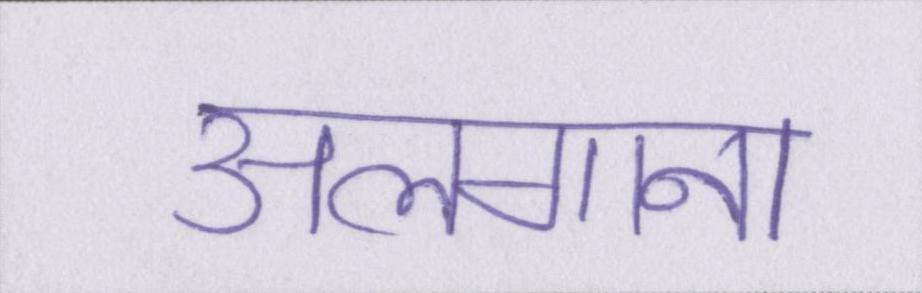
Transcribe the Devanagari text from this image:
अलगाना